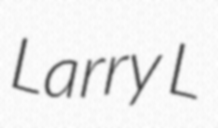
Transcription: Larry L